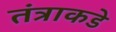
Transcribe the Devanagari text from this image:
तंत्राकडे